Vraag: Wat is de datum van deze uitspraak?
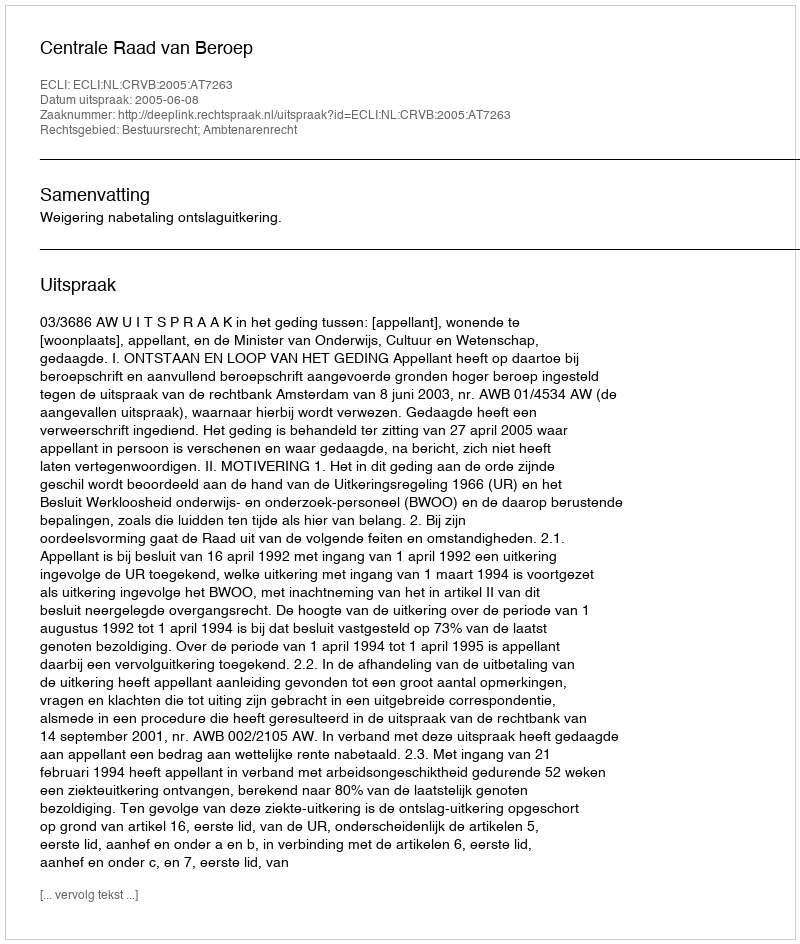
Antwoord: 2005-06-08